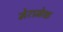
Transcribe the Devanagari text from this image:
मेरामेक